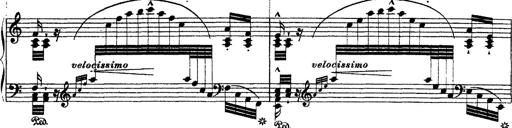
Title: Ã‰tudes d'exÃ©cution transcendante d'aprÃ¨s Paganini
Composer: Franz Liszt